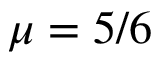
\mu = 5 / 6